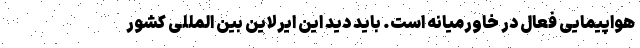
هواپیمایی فعال در خاورمیانه است. باید دید این ایرلاین بین المللی کشور